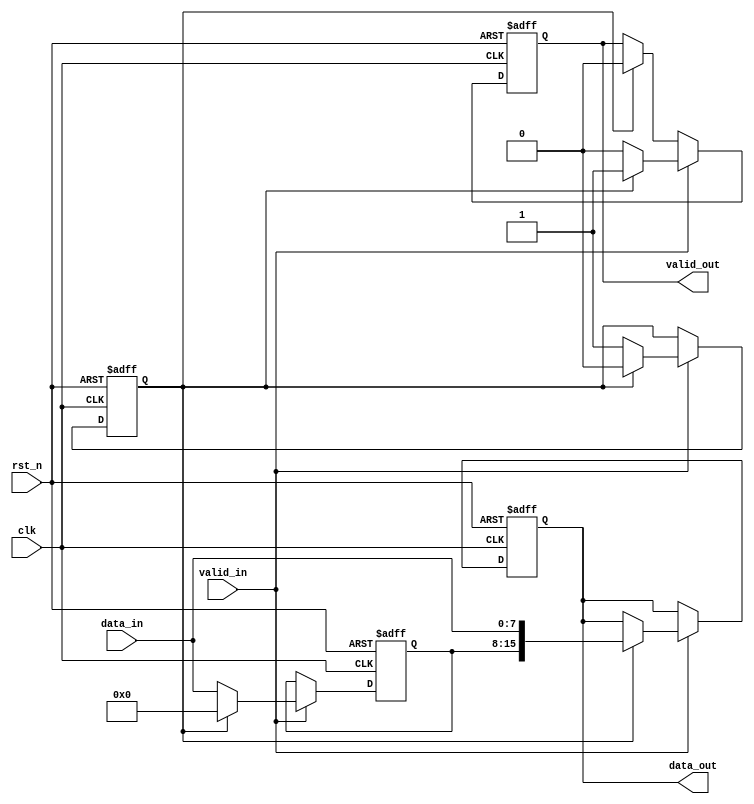
module width_8to16 (
    input wire clk,
    input wire rst_n,
    input wire valid_in,
    input wire [7:0] data_in,
    output reg valid_out,
    output reg [15:0] data_out
);

// Internal register to store the first half of the data
reg [7:0] data_lock;
reg data_lock_valid;

always @(posedge clk or negedge rst_n) begin
    if (!rst_n) begin
        // Reset the output and internal registers
        data_out <= 16'd0;
        valid_out <= 1'b0;
        data_lock <= 8'd0;
        data_lock_valid <= 1'b0;
    end else begin
        if (valid_in) begin
            if (data_lock_valid) begin
                // If we have valid data locked, concatenate with new data
                data_out <= {data_lock, data_in};
                data_lock <= 8'd0; // Clear the lock register
                valid_out <= 1'b1; // Set output valid
                data_lock_valid <= 1'b0; // Clear the lock valid flag
            end else begin
                // Store the first half of the data
                data_lock <= data_in;
                data_lock_valid <= 1'b1; // Set the lock valid flag
                valid_out <= 1'b0; // Clear the output valid as we wait for next data
            end
        end else if (data_lock_valid) begin
            // If no new valid data, but we have data locked
            // we don't update the output
            valid_out <= 1'b0;
        end
        // If no valid input and no data locked, maintain the current state
    end
end

endmodule